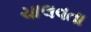
ચાલવતા